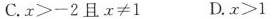
C.$$x > - 2$$ 且 $$x ≠1$$ D.$$x > 1$$